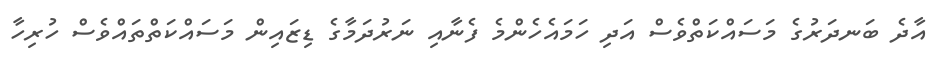
އާދެ ބަނދަރުގެ މަސައްކަތްވެސް އަދި ހަމައެހެންމެ ފެނާއި ނަރުދަމާގެ ޑިޒައިން މަސައްކަތްތައްވެސް ހުރިހާ